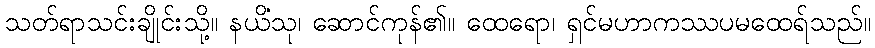
သတ်ရာသင်းချိုင်းသို့။ နယိံသု၊ ဆောင်ကုန်၏။ ထေရော၊ ရှင်မဟာကဿပမထေရ်သည်။